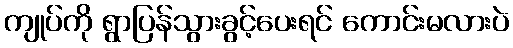
ကျုပ်ကို ရွာပြန်သွားခွင့်ပေးရင် ကောင်းမလားပဲ